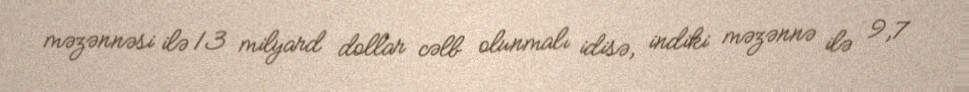
məzənnəsi ilə 13 milyard dollar cəlb olunmalı idisə, indiki məzənnə ilə 9,7